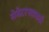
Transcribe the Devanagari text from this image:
सेनेटरपदासाठी